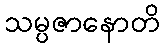
သမ္ပဇာနောတိ